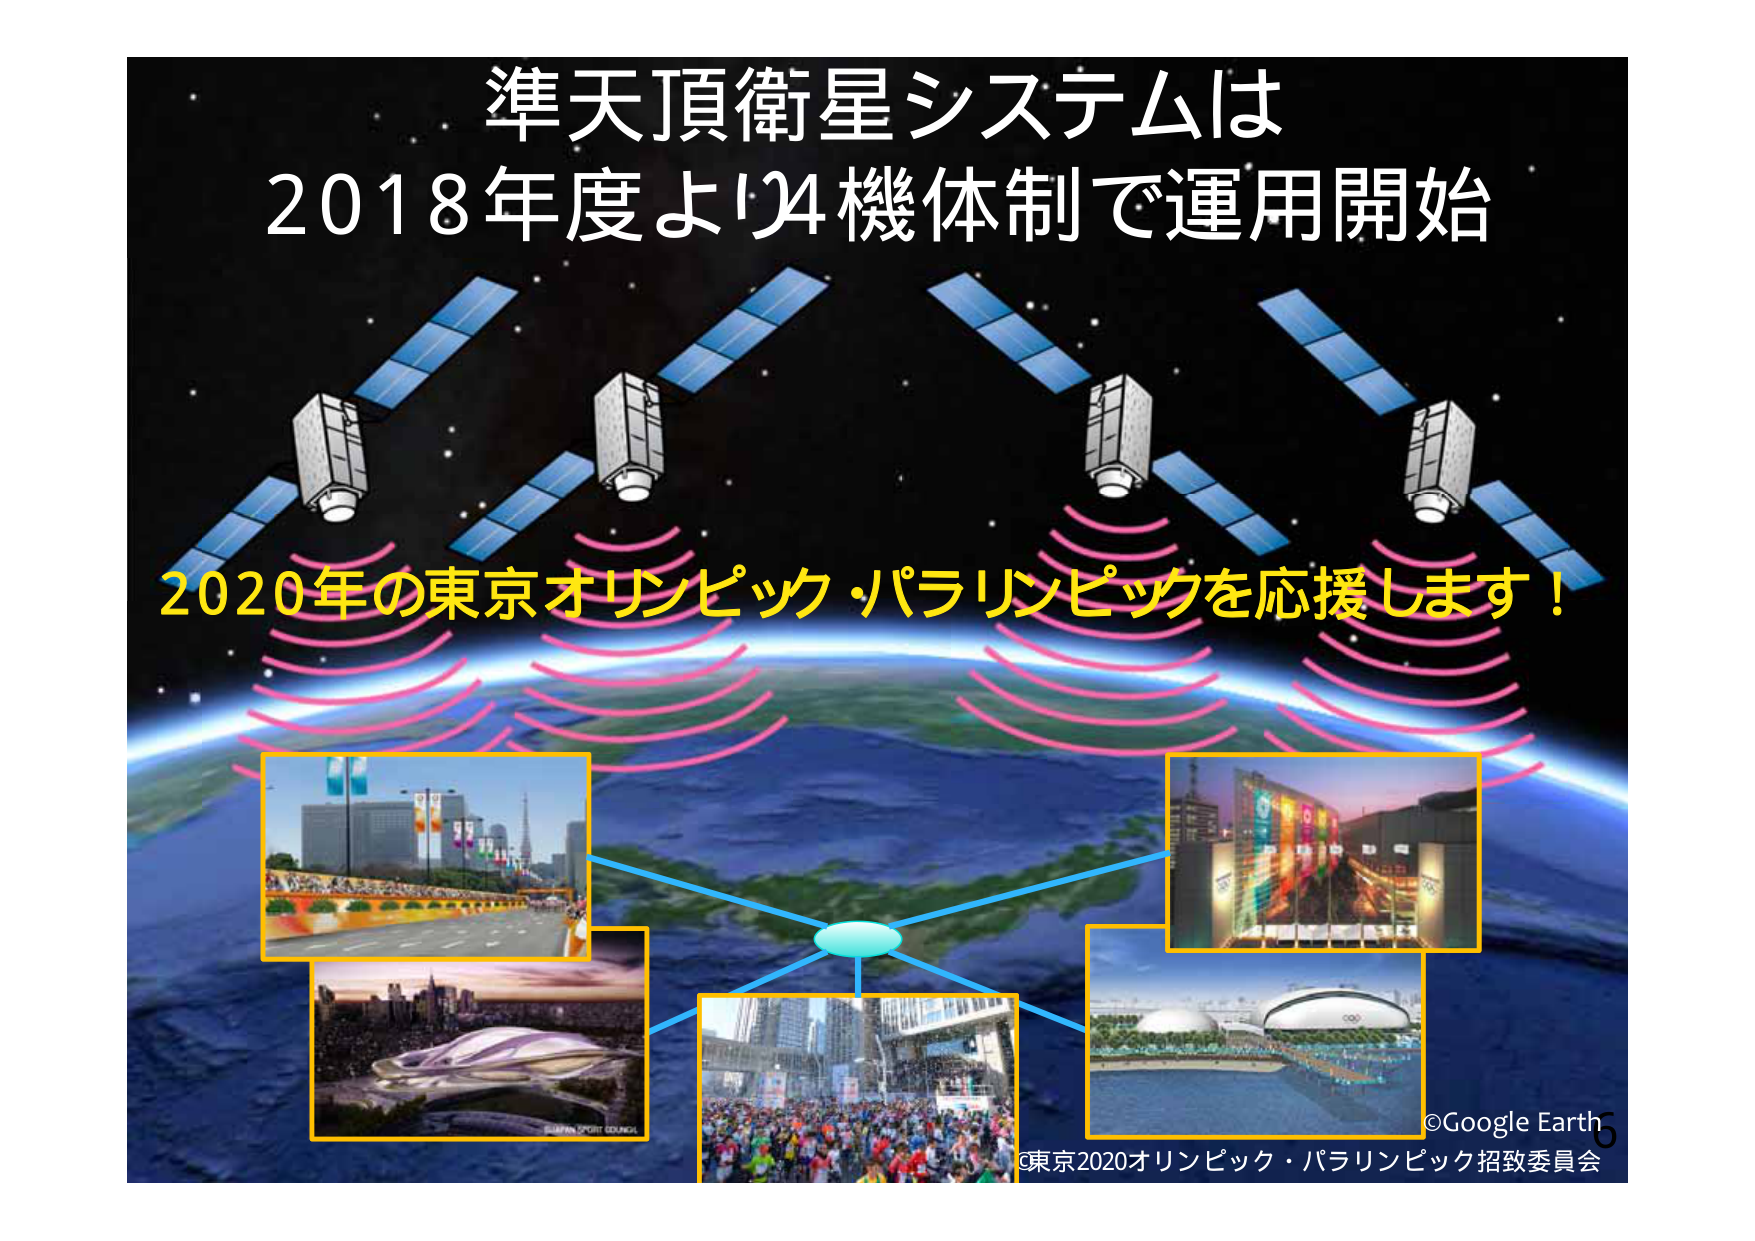
準天頂衛星システムは
2018年度より4機体制で運用開始

2020年の東京オリンピック・パラリンピックを応援します！

©Google Earth
©東京2020オリンピック・パラリンピック招致委員会
6